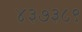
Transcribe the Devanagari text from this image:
४३७३८९